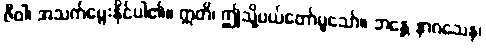
ဇီဝါ၊ အသက်မွေးနိုင်ပါ၏။ ဣတိ၊ ဤသို့ပယ်တော်မူသော်။ ဘန္တေ နာဂသေန၊